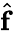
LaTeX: \hat{\boldsymbol{\mathrm{f}}}